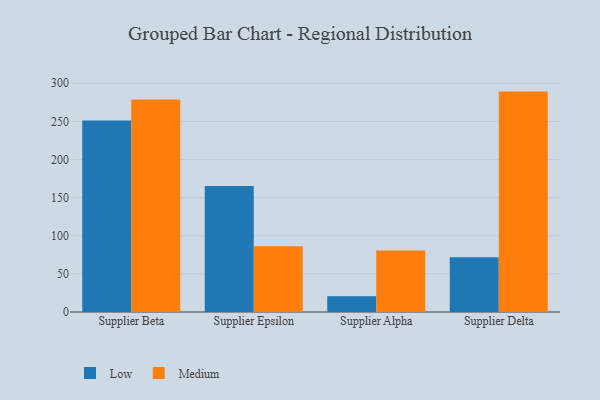
{"axis": {"x": "Supplier", "y": "Gross Profit (USD K)"}, "legend": ["Low", "Medium"], "data": [{"x": "Supplier Beta", "y": 251.3, "type": "Low"}, {"x": "Supplier Beta", "y": 278.7, "type": "Medium"}, {"x": "Supplier Epsilon", "y": 165.3, "type": "Low"}, {"x": "Supplier Epsilon", "y": 86.2, "type": "Medium"}, {"x": "Supplier Alpha", "y": 20.5, "type": "Low"}, {"x": "Supplier Alpha", "y": 80.6, "type": "Medium"}, {"x": "Supplier Delta", "y": 71.7, "type": "Low"}, {"x": "Supplier Delta", "y": 289.1, "type": "Medium"}]}